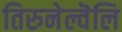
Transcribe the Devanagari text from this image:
तिरुनेल्वॆलि